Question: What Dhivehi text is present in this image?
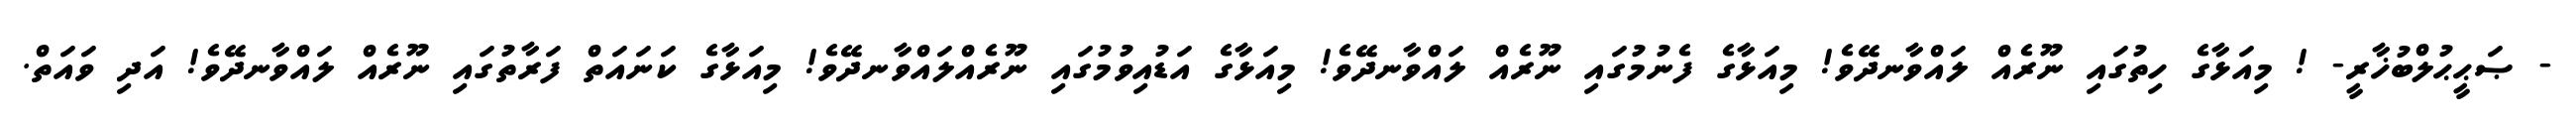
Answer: - ޞަޙީޙުލްބުޚާރީ- ! މިއަޅާގެ ހިތުގައި ނޫރެއް ލައްވާނދޭވެ! މިއަޅާގެ ފެނުމުގައި ނޫރެއް ލައްވާނދޭވެ! މިއަޅާގެ އަޑުއިވުމުގައި ނޫރެއްލައްވާނދޭވެ! މިއަޅާގެ ކަނައަތް ފަރާތުގައި ނޫރެއް ލައްވާނދޭވެ! އަދި ވައަތް.